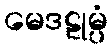
မေဒဠုမ္ပံ